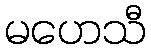
မဟေသီ